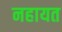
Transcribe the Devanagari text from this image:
नहायत